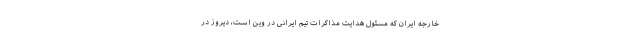
خارجه ایران که مسئول هدایت مذاکرات تیم ایرانی در وین است، دیروز در